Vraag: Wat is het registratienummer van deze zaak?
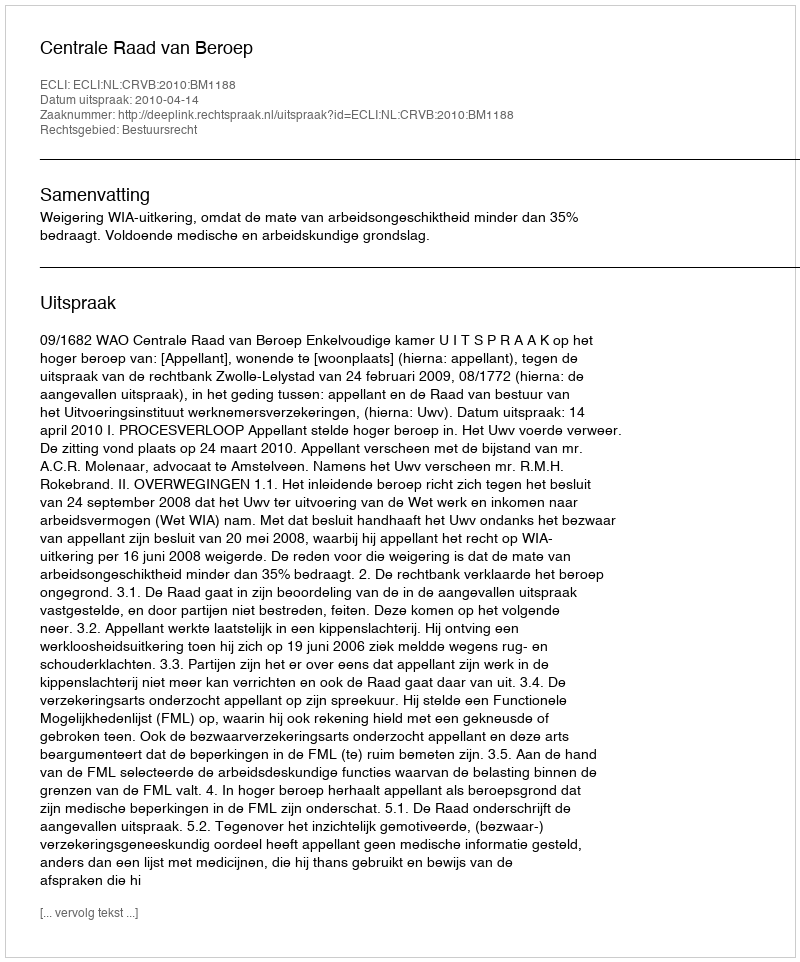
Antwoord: http://deeplink.rechtspraak.nl/uitspraak?id=ECLI:NL:CRVB:2010:BM1188